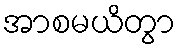
အာစမယိတွာ